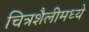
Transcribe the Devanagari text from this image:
चित्रशैलीमध्ये